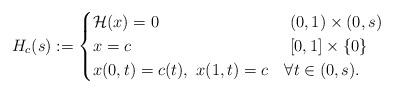
LaTeX: \begin{align*}H_{c}(s) := \begin{cases}\mathcal{H} (x) = 0 & \ (0,1) \times (0,s) \\x = c & \ [0,1] \times \{0\}\\x(0,t)=c(t), \ x(1,t) = c &\forall t \in (0,s).\end{cases}\end{align*}